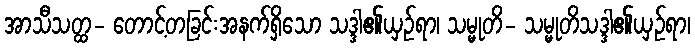
အာသီသတ္ထ- တောင့်တခြင်းအနက်ရှိသော သဒ္ဒါ၏ယှဉ်ရာ၊ သမ္မုတိ- သမ္မုတိသဒ္ဒါ၏ယှဉ်ရာ၊